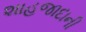
શાહજાદાની